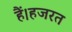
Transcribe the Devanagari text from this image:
हैं।हजरत